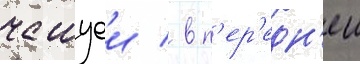
чешуеи / в п'ер'едн'еи